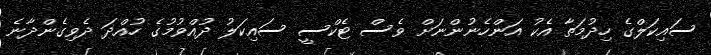
ސައިކަލްގެ ހިދުމަތާ އެކު އަންހެނުންނަށް ވެސް ޓެކްސީ ސައިކަލު ދުއްވުމުގެ ހުއްދަ ދެވިގެންދާނެ